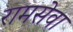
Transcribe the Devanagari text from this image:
रामसेवा